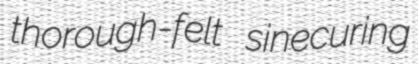
thorough-felt sinecuring